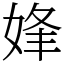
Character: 㛔